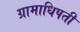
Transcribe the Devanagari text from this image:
ग्रामाधिपती